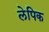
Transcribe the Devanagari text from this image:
लेपिक